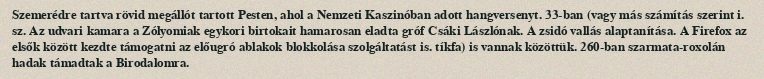
Szemerédre tartva rövid megállót tartott Pesten, ahol a Nemzeti Kaszinóban adott hangversenyt. 33-ban (vagy más számítás szerint i. sz. Az udvari kamara a Zólyomiak egykori birtokait hamarosan eladta gróf Csáki Lászlónak. A zsidó vallás alaptanítása. A Firefox az elsők között kezdte támogatni az előugró ablakok blokkolása szolgáltatást is. tíkfa) is vannak közöttük. 260-ban szarmata-roxolán hadak támadtak a Birodalomra.